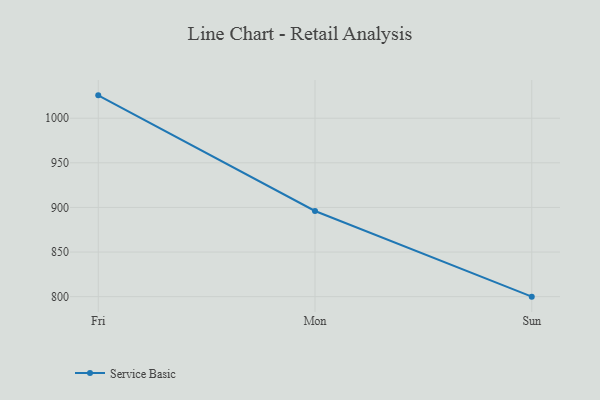
{"axis": {"x": "Day", "y": "Tickets Resolved"}, "legend": ["Service Basic"], "data": [{"x": "Fri", "y": 1025.6, "type": "Service Basic"}, {"x": "Mon", "y": 896.0, "type": "Service Basic"}, {"x": "Sun", "y": 800, "type": "Service Basic"}]}